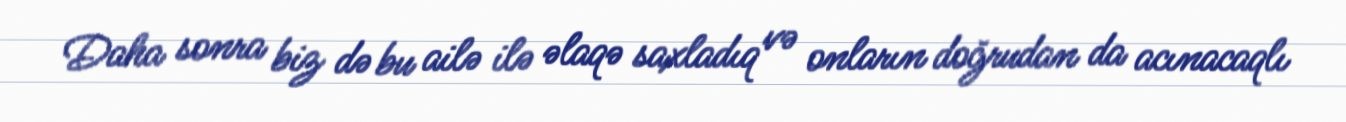
Daha sonra biz də bu ailə ilə əlaqə saxladıq və onların doğrudan da acınacaqlı